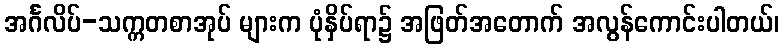
အင်္ဂလိပ်-သက္ကတစာအုပ် များက ပုံနှိပ်ရာ၌ အဖြတ်အတောက် အလွန်ကောင်းပါတယ်၊